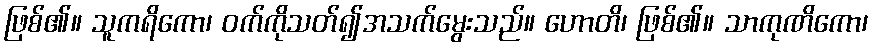
ဖြစ်၏။ သူကရိကော၊ ဝက်ကိုသတ်၍အသက်မွေးသည်။ ဟောတိ၊ ဖြစ်၏။ သာကုဏိကော၊